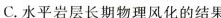
C.水平岩层长期物理风化的结果